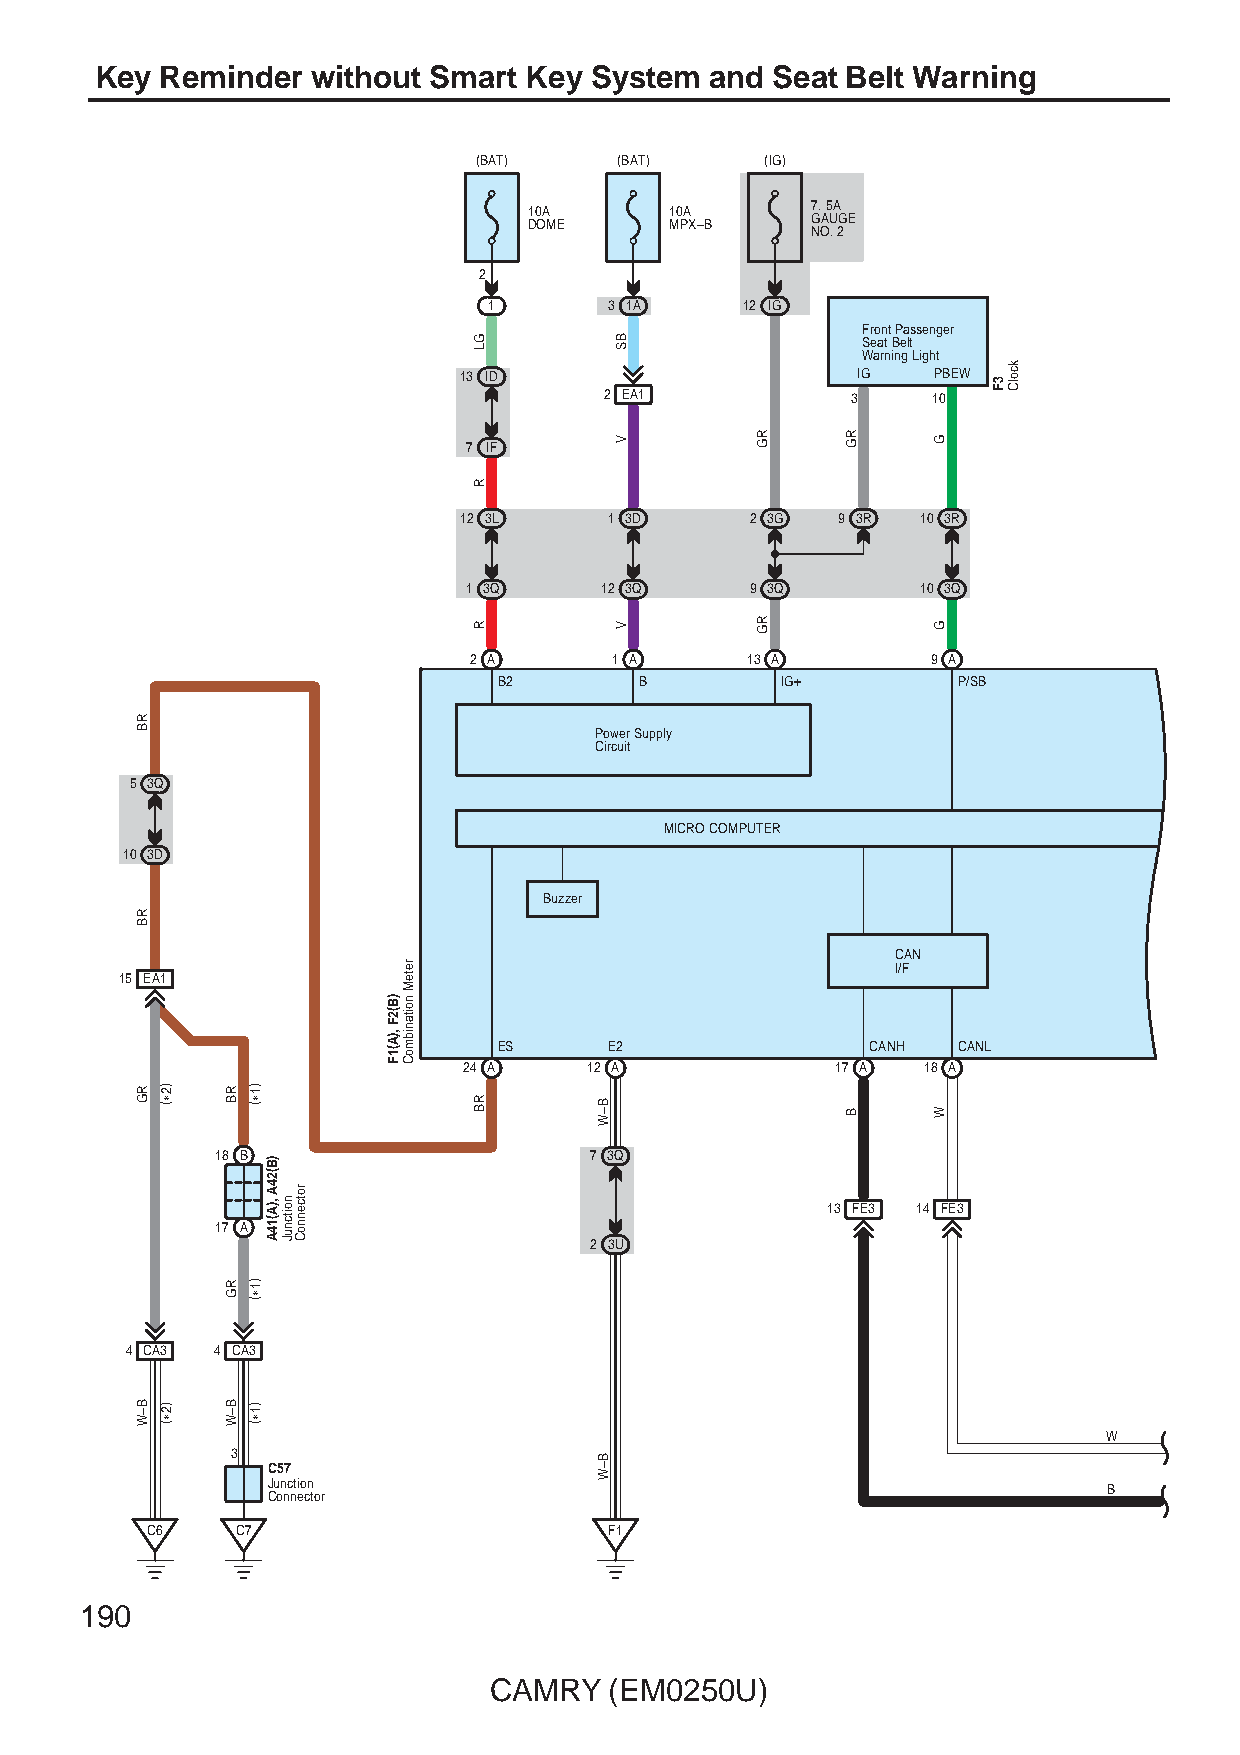
Key  Reminder  without Smart Key System  and Seat Belt Warning
 (BAT)     (BAT)     (IG)
 10A      10A       7. 5A
 DOME     MPX–B     GAUGE
 NO. 2
 2
 1       3 1A     12 IG
 Front Passenger
 Seat Belt
 Warning Light
 13 ID                      IG   PBEW
 2 EA1           3     10
 7 IF
 12 3L     1 3D      2 3G 9 3R  10 3R
 1 3Q     12 3Q     9 3Q       10 3Q
 2 A       1 A     13 A         9 A
 B2       B         IG+        P/SB
 Power Supply
 Circuit
 5 3Q
 MICRO COMPUTER
 10 3D
 Buzzer
 CAN
 I/F
 15 EA1
 ES     E2                CANH CANL
 24 A    12 A            17 A  18 A
 18 B                     7 3Q
 13 FE3 14 FE3
 17 A
 2 3U
 4 CA3 4 CA3
 W
 3
 C57
 Junction                                               B
 Connector
 C6    C7                      F1
 190
 CAMRY   (EM0250U)
 RB
 RB
 RG
 B–W
 )2∗(
 )2∗(
 RB
 RG
 B–W
 )1∗(
 )1∗(
 )1∗(
 )B(24A
 ,)A(14A noitcnuJ
 rotcennoC
 )B(2F
 ,)A(1F
 reteM
 noitanibmoC
 GL
 R
 R
 RB       B–W
 B–W
 BS
 V
 V
 RG
 RG
 RG
 B
 G
 G
 W
 3F
 kcolC